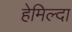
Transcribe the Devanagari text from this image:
हेमिल्दा